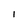
Character: I